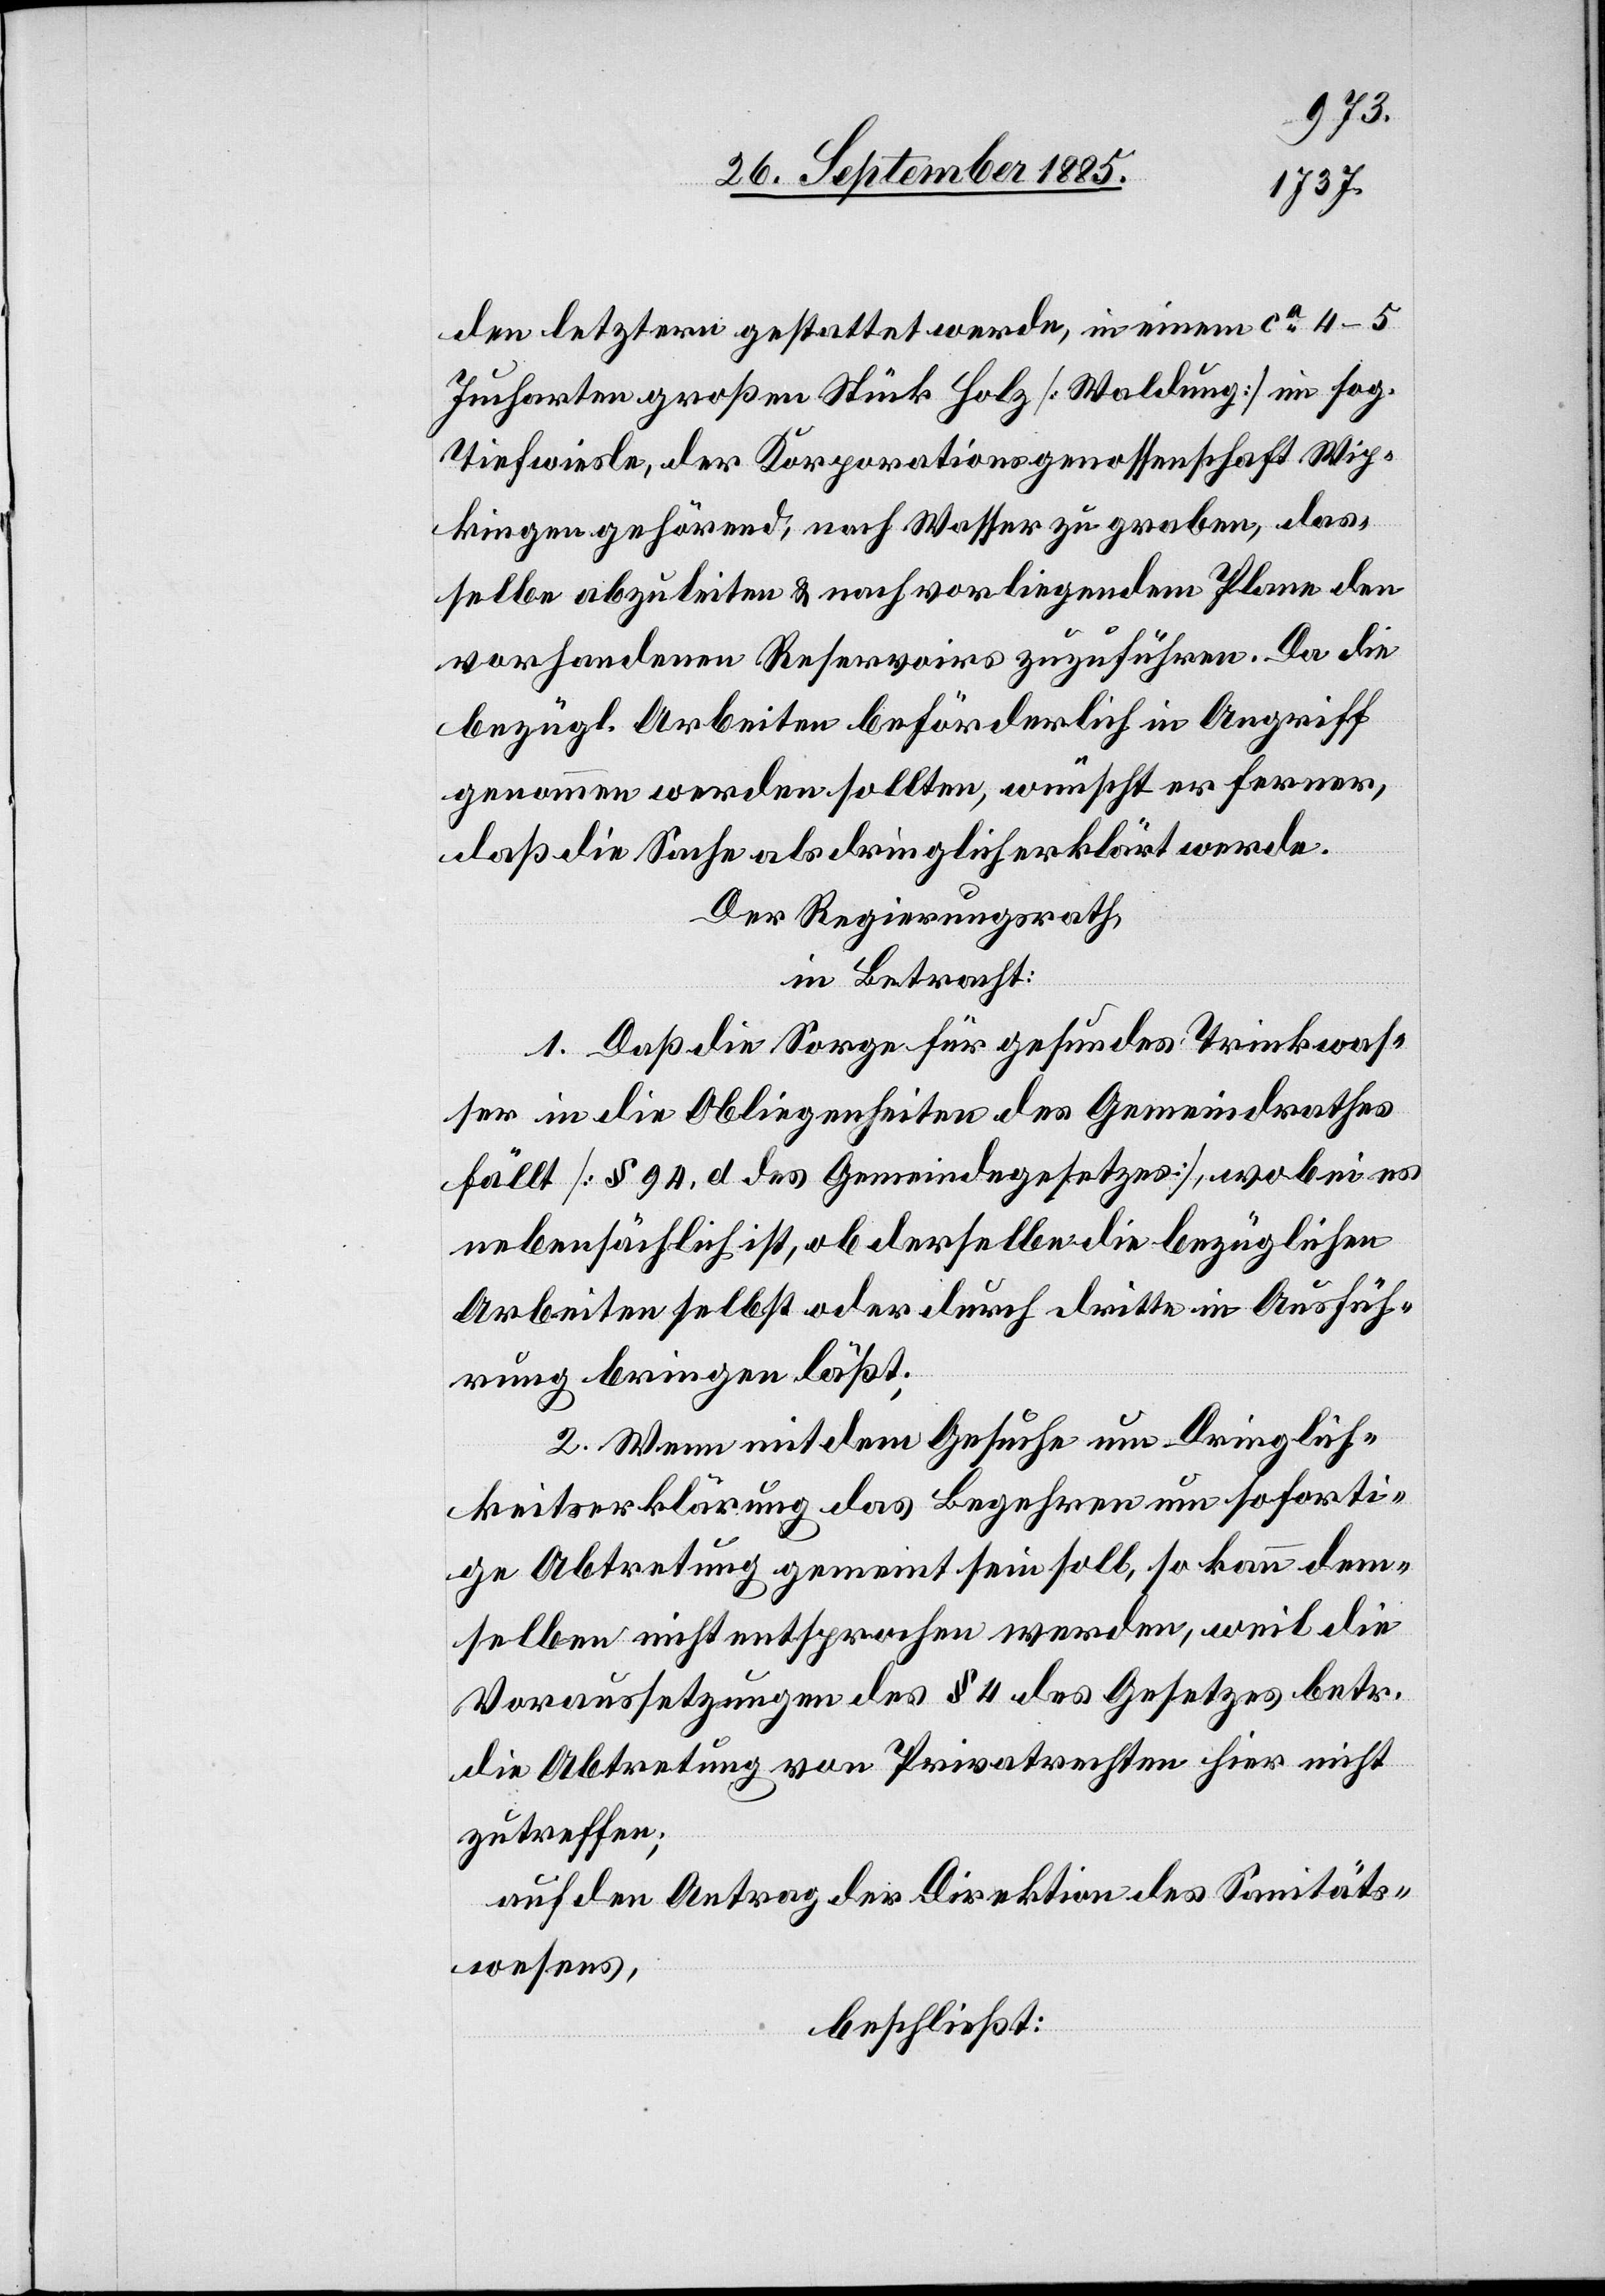
dem letztern gestattet werde, in einem ca 4–5
Jucharten großen Stück Holz [Waldung] im sog.
Tiefwiesle, der Korporationsgenossenschaft Wip¬
kingen gehörend, nach Wasser zu graben, das¬
selbe abzuleiten & nach vorliegendem Plane den
vorhandenen Reservoirs zuzuführen. Da die
bezügl. Arbeiten beförderlich in Angriff
genommen werden sollten, wünscht er ferner,
daß die Sache als dringlich erklärt werde.
Der Regierungsrath,
in Betracht:
1. Daß die Sorge für gesundes Trinkwas¬
ser in die Obliegenheiten des Gemeindrathes
fällt [§ 94, d des Gemeindegesetzes], wobei es
nebensächlich ist, ob derselbe die bezüglichen
Arbeiten selbst oder durch dritte in Ausfüh¬
rung bringen läßt;
2. Wenn mit dem Gesuche um Dringlich¬
keitserklärung das Begehren um soforti¬
ge Abtretung gemeint sein soll, so kann dem¬
selben nicht entsprochen werden, weil die
Voraussetzungen des § 4 des Gesetzes betr.
die Abtretung von Privatrechten hier nicht
zutreffen;
auf den Antrag der Direktion des Sanitäts¬
wesens,
beschließt: